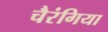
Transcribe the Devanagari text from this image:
चैरंगिया